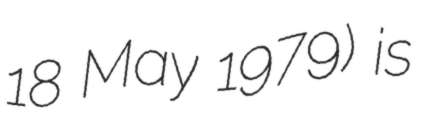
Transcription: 18 May 1979) is